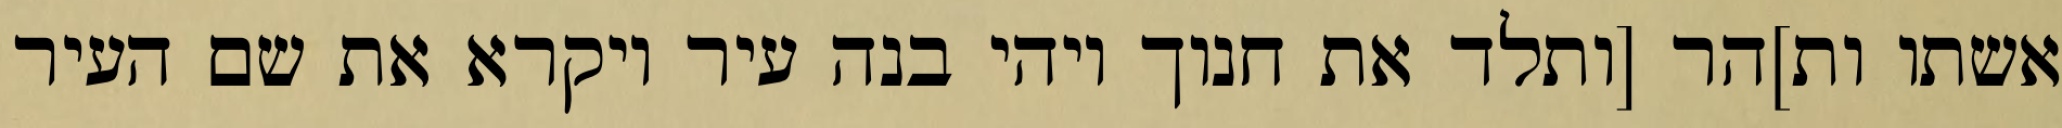
אשתו ות]הר [ותלד את חנוך ויהי בנה עיר ויקרא את שם העיר